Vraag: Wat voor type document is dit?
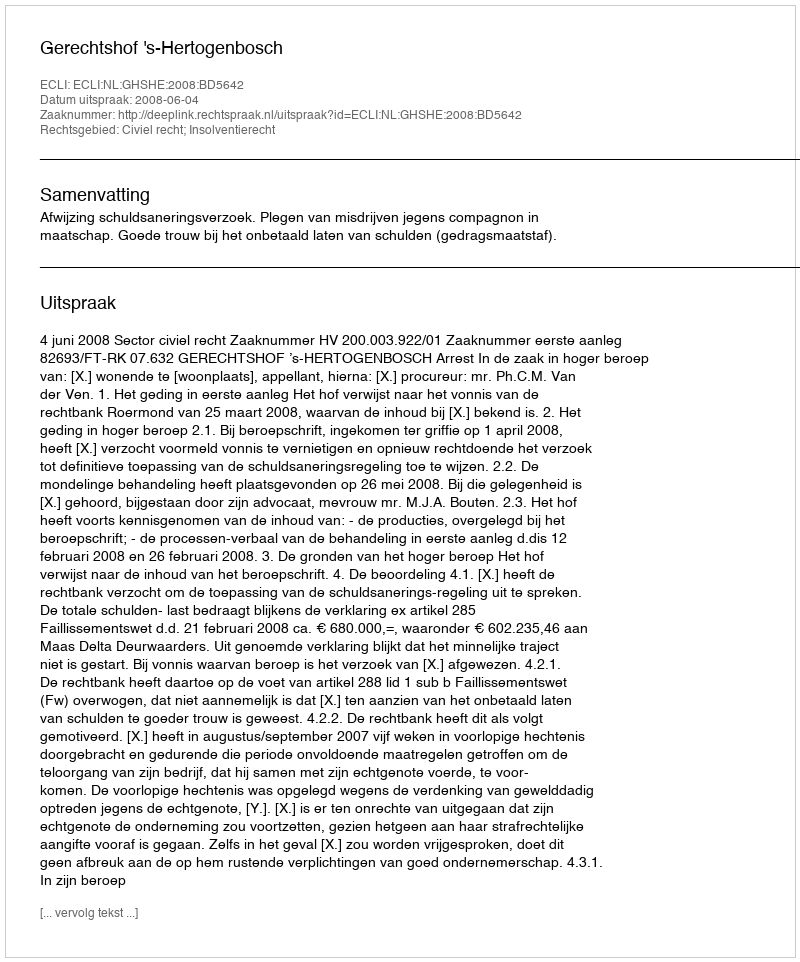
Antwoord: Uitspraak